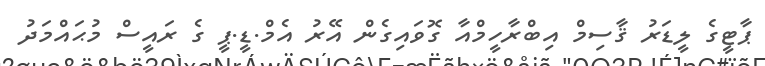
ޕާޓީގެ ލީޑަރު ޤާސިމް އިބްރާހީމްއާ ގޮވައިގެން އޭރު އެމް.ޑީ.ޕީ ގެ ރައީސް މުޙައްމަދު